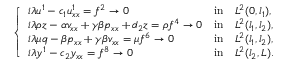
\left\{ \begin{array} { l l l } { i { \lambda } u ^ { 1 } - c _ { 1 } u _ { x x } ^ { 1 } = f ^ { 2 } \to 0 } & { \mathrm { i n } } & { L ^ { 2 } ( 0 , l _ { 1 } ) , } \\ { i { \lambda } \rho z - \alpha v _ { x x } + \gamma \beta p _ { x x } + d _ { 2 } z = \rho f ^ { 4 } \to 0 } & { \mathrm { i n } } & { L ^ { 2 } ( l _ { 1 } , l _ { 2 } ) , } \\ { i { \lambda } \mu q - \beta p _ { x x } + \gamma \beta v _ { x x } = \mu f ^ { 6 } \to 0 } & { \mathrm { i n } } & { L ^ { 2 } ( l _ { 1 } , l _ { 2 } ) , } \\ { i { \lambda } y ^ { 1 } - c _ { 2 } y _ { x x } = f ^ { 8 } \to 0 } & { \mathrm { i n } } & { L ^ { 2 } ( l _ { 2 } , L ) . } \end{array} \right.